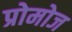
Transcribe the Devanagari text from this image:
प्रोमोज